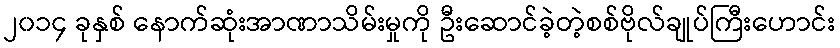
၂၀၁၄ ခုနှစ် နောက်ဆုံးအာဏာသိမ်းမှုကို ဦးဆောင်ခဲ့တဲ့စစ်ဗိုလ်ချုပ်ကြီးဟောင်း